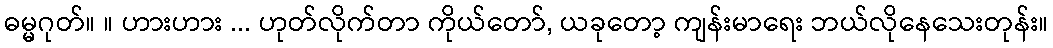
ဓမ္မဂုတ်။ ။ ဟားဟား ... ဟုတ်လိုက်တာ ကိုယ်တော်, ယခုတော့ ကျန်းမာရေး ဘယ်လိုနေသေးတုန်း။